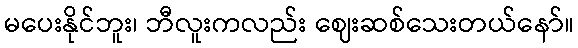
မပေးနိုင်ဘူး၊ ဘီလူးကလည်း ဈေးဆစ်သေးတယ်နော်။